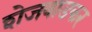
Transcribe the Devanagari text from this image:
शेजवाडकर